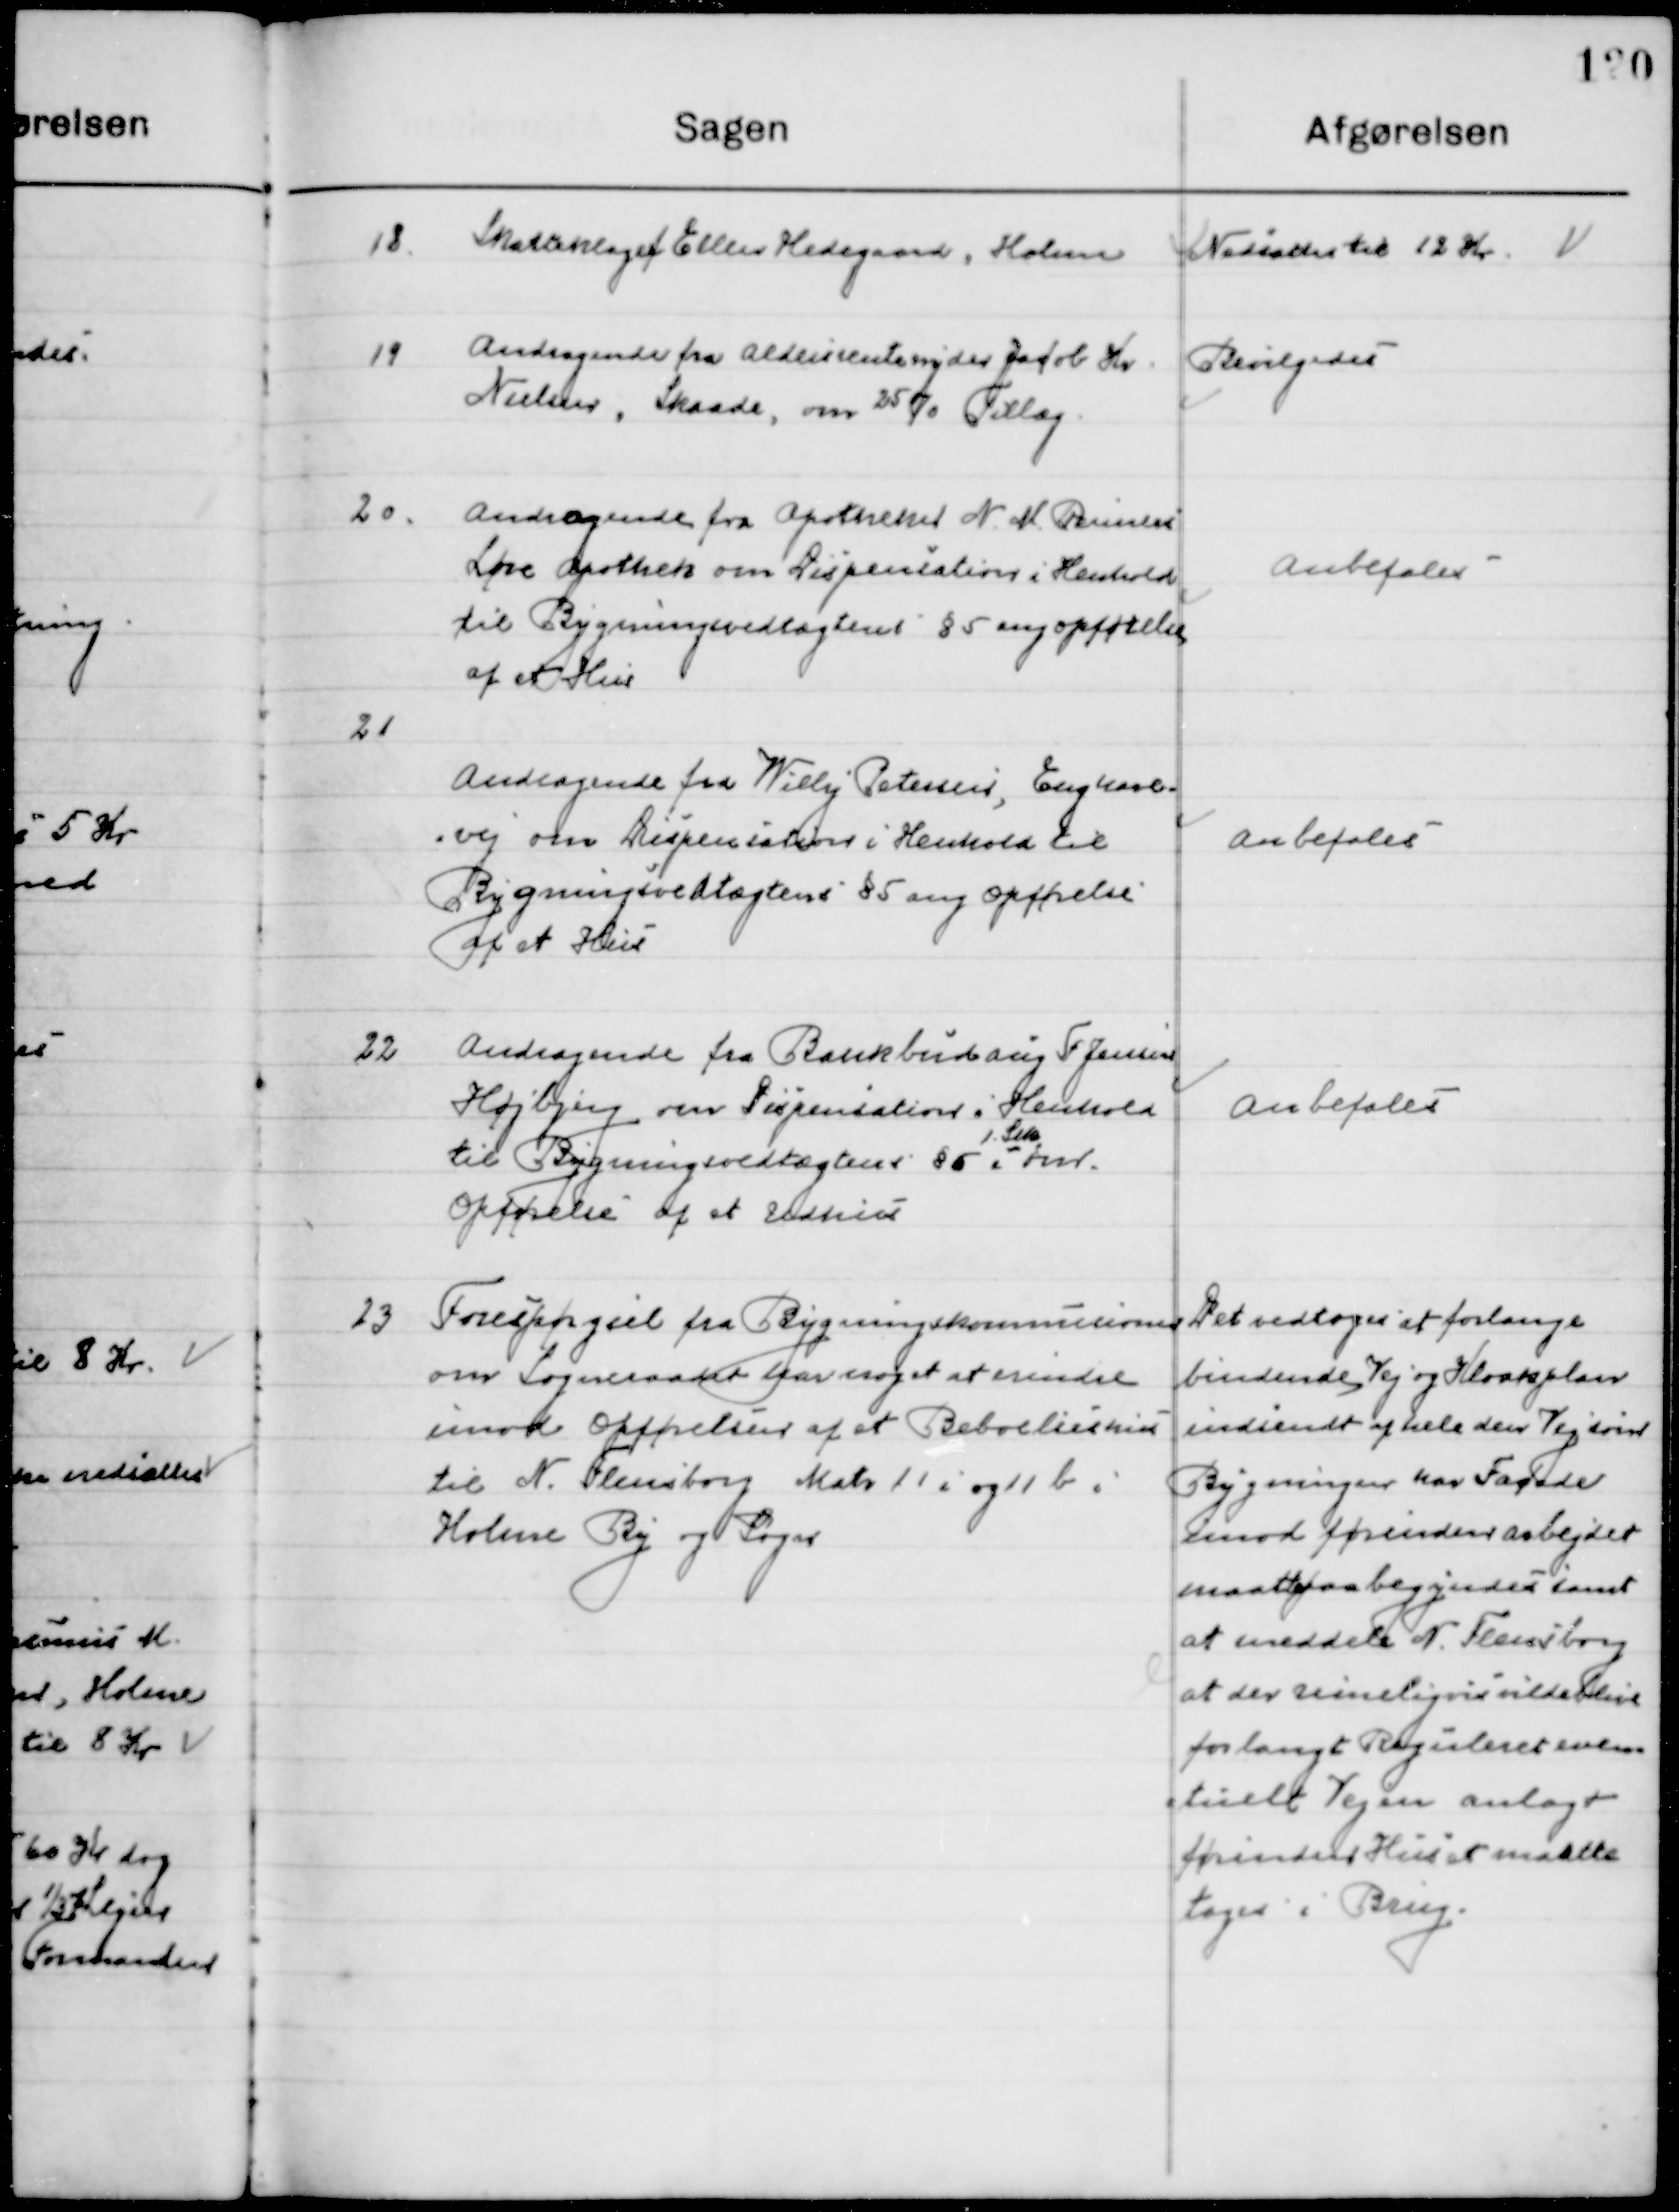
Transskription:
18

Skatteklage af Ellen Hedegaard, Holme

Nedsættes til 12 Kr.

19

Andragende fra Aldersrentenyder Jacob Kr.
Nielsen, Skaade, om 25 Kr. Tillæg

Bevilgedes

20

Andragende fra Apotheker N. M. Rasmussen
Løve Apotek om Dispensation i Henhold til 
Bygningsvedtægtens § 5 ang. opførelse  	
af et Hus.

Anbefales

21

Andragende fra Willy Petersen, Enghave-
- Vej om Dispensation i Henhold til 
Bygningsvedtægtens § 5 ang. Opførelse 
af et Hus.

Anbefales

22

Andragende fra Bankbud aug. F. Jensen 
Højbjerg om Dispensation i Henhold 
til Bygningsvedtægtens § 5 i
1. Stk.
for
Opførelsen af et Udhus.

Anbefales

23

Forespørgsel fra Bygningskommissionen 
om Sogneraadet har noget at erindre
imod Opførelse af et Beboelseshus
til N. Flensborg Matr. 11 i og 11b i 
Holme By og Sogn.

Det vedtoges at forlange
Bindende vej og Kloakplan
Indsendt af hele den Vej som
Bygningen har Facade
Imod forinden arbejdet
maatte paabegyndes samt
at meddele N. Flensborg
at der muligvis ville blive
forlangt Reguleret even-
tuelt Vejen anlagt
førinden Huset maatte 
tages i Brug.